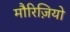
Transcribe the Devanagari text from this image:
मौरिज़ियो